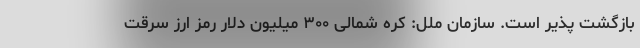
بازگشت پذیر است. سازمان ملل: کره شمالی ۳۰۰ میلیون دلار رمز ارز سرقت